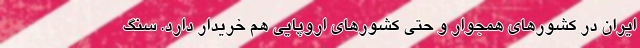
ایران در کشورهای همجوار و حتی کشورهای اروپایی هم خریدار دارد. سنگ